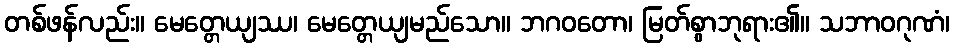
တစ်ဖန်လည်း။ မေတ္တေယျဿ၊ မေတ္တေယျမည်သော။ ဘဂဝတော၊ မြတ်စွာဘုရား၏။ သဘာဝဂုဏံ၊